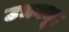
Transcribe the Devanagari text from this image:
उभयचूष